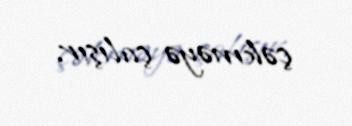
çəkməyə çalışır.